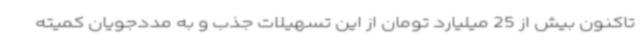
تاکنون بیش از 25 میلیارد تومان از این تسهیلات جذب و به مددجویان کمیته